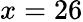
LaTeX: x=26